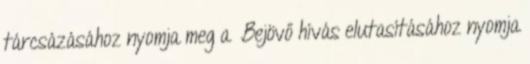
tárcsázásához nyomja meg a Bejövő hívás elutasításához nyomja